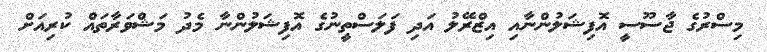
މިސްރުގެ ޖާސޫސީ އޮފިޝަލުންނާއި އިޒްރޭލު އަދި ފަލަސްތީނުގެ އޮފިޝަލުންނާ މެދު މަޝްވަރާތައް ކުރިއަށް